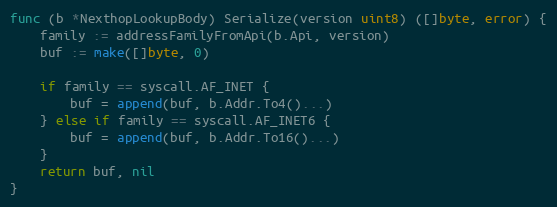
Language: Go
func (b *NexthopLookupBody) Serialize(version uint8) ([]byte, error) {
	family := addressFamilyFromApi(b.Api, version)
	buf := make([]byte, 0)

	if family == syscall.AF_INET {
		buf = append(buf, b.Addr.To4()...)
	} else if family == syscall.AF_INET6 {
		buf = append(buf, b.Addr.To16()...)
	}
	return buf, nil
}